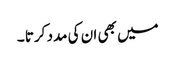
میں بھی ان کی مدد کرتا ۔